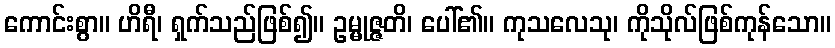
ကောင်းစွာ။ ဟိရီ၊ ရှက်သည်ဖြစ်၍။ ဥမ္မုဇ္ဇတိ၊ ပေါ်၏။ ကုသလေသု၊ ကိုသိုလ်ဖြစ်ကုန်သော။